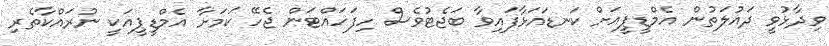
ވިދާޅުވީ ދައުލަތުން އެމްޑީޕީއަށް ކަނޑައަޅާފައިވާ ބަޖެޓުވެސް ހިފަހައްޓަން ޖެހޭ ކަމަށާ އެމްޑީޕީއަކީ ނުރައްކާތެރި